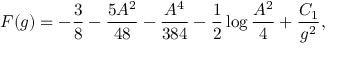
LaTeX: F ( g ) = - \frac { 3 } { 8 } - \frac { 5 A ^ { 2 } } { 4 8 } - \frac { A ^ { 4 } } { 3 8 4 } - \frac { 1 } { 2 } \log \frac { A ^ { 2 } } { 4 } + \frac { C _ { 1 } } { g ^ { 2 } } ,